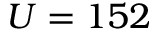
U = 1 5 2